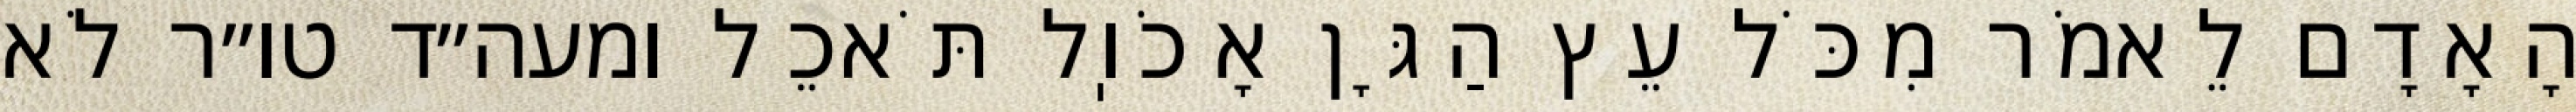
הָאָדָם לֵאמֹר מִכֹּל עֵץ הַגָּן אָכֹוֽל תֹּאכֵל ומעה״ד טו״ר לֹא